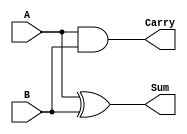
module HalfAdder (
    input wire A,    // First input bit
    input wire B,    // Second input bit
    output wire Sum, // Sum output
    output wire Carry // Carry output
);

// Combinational logic for Half-Adder
assign Sum = A ^ B;      // Sum is A XOR B
assign Carry = A & B;    // Carry is A AND B

endmodule